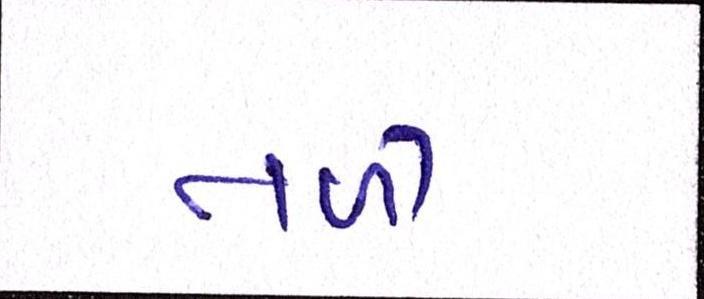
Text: તળી